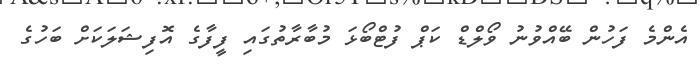
އެންމެ ފަހުން ބޭއްވުނު ވޯލްޑް ކަޕް ފުޓްބޯޅަ މުބާރާތުގައި ފީފާގެ އޮފިޝަލަކަށް ބަހުގެ